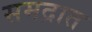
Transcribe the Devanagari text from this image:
समद्रात